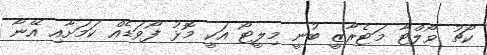
ކޯޗު ވޯލްޓާ މަޓެރާޒީ ބުނީ މިލީޓޯ އަކީ މޮޅު ފޯވަޑެއް ކަމަށާއި އޭނާ